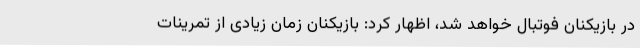
در بازیکنان فوتبال خواهد شد، اظهار کرد: بازیکنان زمان زیادی از تمرینات